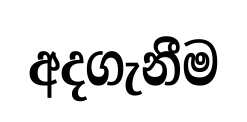
අදගැනීම